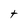
Character: t